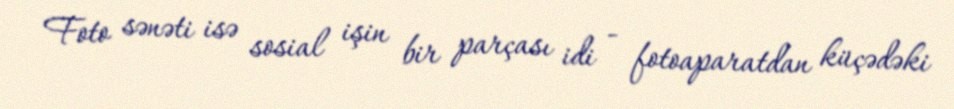
Foto sənəti isə sosial işin bir parçası idi - fotoaparatdan küçədəki